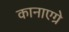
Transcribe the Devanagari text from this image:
कानाएग्रे